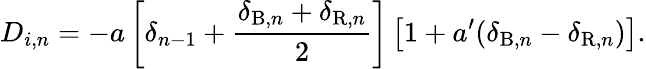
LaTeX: D_{i,n}=-a\left[\delta_{n-1}+\frac{\delta_{\mathrm{B},n}+\delta_{\mathrm{R},n}}{2}\right]\left[1+a^{\prime}(\delta_{\mathrm{B},n}-\delta_{\mathrm{R},n})\right].